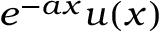
e ^ { - a x } u ( x )